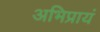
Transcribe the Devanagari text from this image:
अभिप्रायं